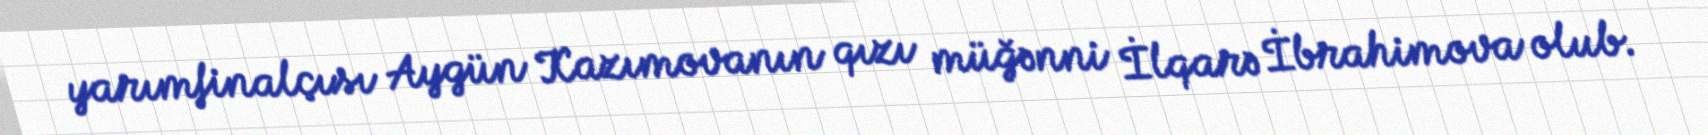
yarımfinalçısı Aygün Kazımovanın qızı müğənni İlqarə İbrahimova olub.